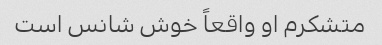
متشکرم او واقعاً خوش شانس است